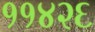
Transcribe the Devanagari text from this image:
११४२६